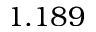
1 . 1 8 9